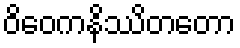
ဝိဝေကနိဿိတတော